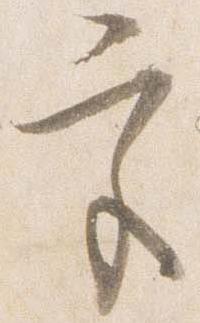
宮